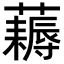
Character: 𧂭